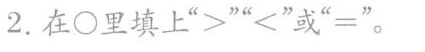
2.在\bigcirc 里填上“>”“<或”=”。